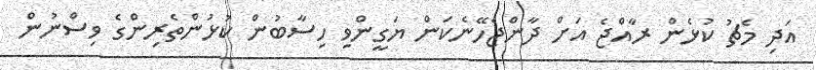
އަދި މެޗު ކުޅެން ރާއްޖެ އަށް ދާންޖެހޭނެކަން ޔަގީންވި ހިސާބުން ކުޅުންތެރިންގެ ވިސްނުން